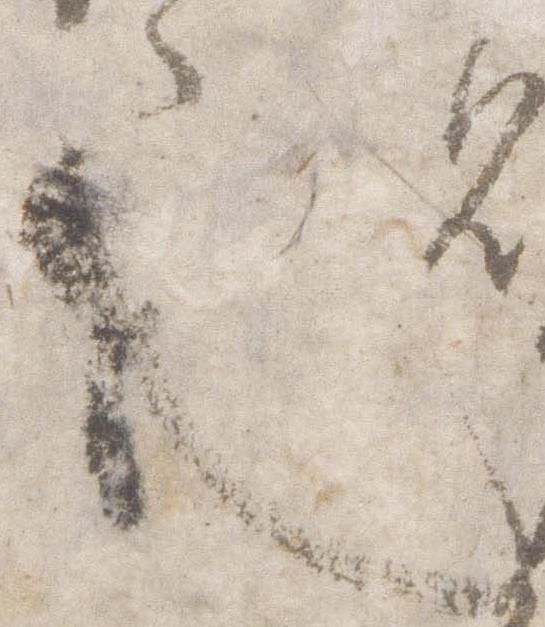
也